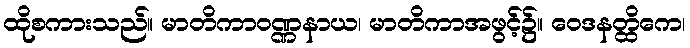
ထိုစကားသည်။ မာတိကာဝဏ္ဏနာယ၊ မာတိကာအဖွင့်၌။ ဝေဒနတ္ထိကေ၊